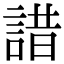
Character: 諎